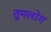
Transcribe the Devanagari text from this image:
तुमलोग